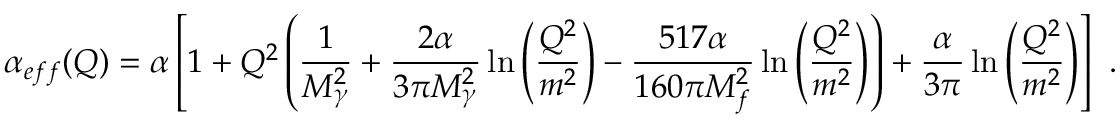
\alpha _ { e f f } ( Q ) = \alpha \left[ 1 + Q ^ { 2 } \left( \frac { 1 } { M _ { \gamma } ^ { 2 } } + \frac { 2 \alpha } { 3 \pi M _ { \gamma } ^ { 2 } } \ln \left( \frac { Q ^ { 2 } } { m ^ { 2 } } \right) - \frac { 5 1 7 \alpha } { 1 6 0 \pi M _ { f } ^ { 2 } } \ln \left( \frac { Q ^ { 2 } } { m ^ { 2 } } \right) \right) + \frac { \alpha } { 3 \pi } \ln \left( \frac { Q ^ { 2 } } { m ^ { 2 } } \right) \right] \ .